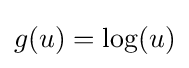
g(u)=\log(u)